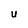
Character: U